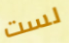
لست